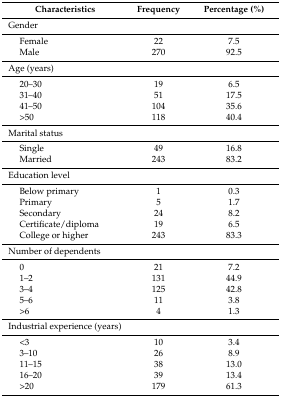
<table><thead><tr><td><b>Characteristics</b></td><td><b>Frequency</b></td><td><b>Percentage (%)</b></td></tr></thead><tbody><tr><td>Gender</td><td></td><td></td></tr><tr><td>Female</td><td>22</td><td>7.5</td></tr><tr><td>Male</td><td>270</td><td>92.5</td></tr><tr><td>Age (years)</td><td></td><td></td></tr><tr><td>20–30 </td><td>19</td><td>6.5</td></tr><tr><td>31–40 </td><td>51</td><td>17.5</td></tr><tr><td>41–50 </td><td>104</td><td>35.6</td></tr><tr><td>&gt;50 </td><td>118</td><td>40.4</td></tr><tr><td>Marital status</td><td></td><td></td></tr><tr><td>Single </td><td>49</td><td>16.8</td></tr><tr><td>Married </td><td>243</td><td>83.2</td></tr><tr><td>Education level </td><td></td><td></td></tr><tr><td>Below primary</td><td>1</td><td>0.3</td></tr><tr><td>Primary </td><td>5</td><td>1.7</td></tr><tr><td>Secondary </td><td>24</td><td>8.2</td></tr><tr><td>Certificate/diploma</td><td>19</td><td>6.5</td></tr><tr><td>College or higher</td><td>243</td><td>83.3</td></tr><tr><td>Number of dependents</td><td></td><td></td></tr><tr><td>0</td><td>21</td><td>7.2</td></tr><tr><td>1–2 </td><td>131</td><td>44.9</td></tr><tr><td>3–4 </td><td>125</td><td>42.8</td></tr><tr><td>5–6 </td><td>11</td><td>3.8</td></tr><tr><td>&gt;6</td><td>4</td><td>1.3</td></tr><tr><td colspan="2">Industrial experience (years)</td><td></td></tr><tr><td>&lt;3</td><td>10</td><td>3.4</td></tr><tr><td>3–10 </td><td>26</td><td>8.9</td></tr><tr><td>11–15 </td><td>38</td><td>13.0</td></tr><tr><td>16–20 </td><td>39</td><td>13.4</td></tr><tr><td>&gt;20</td><td>179</td><td>61.3</td></tr></tbody></table>